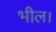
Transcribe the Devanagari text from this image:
भील।